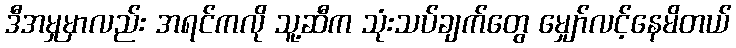
ဒီအမှုမှာလည်း အရင်ကလို သူ့ဆီက သုံးသပ်ချက်တွေ မျှော်လင့်နေမိတယ်